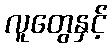
လူတွေနှင့်